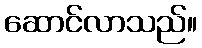
ဆောင်လာသည်။